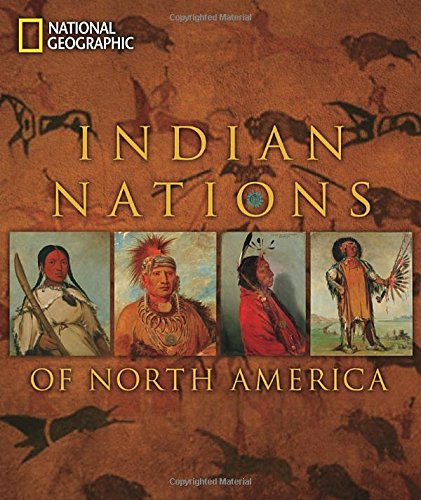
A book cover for Indian Nations of North America; National Geographic; History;